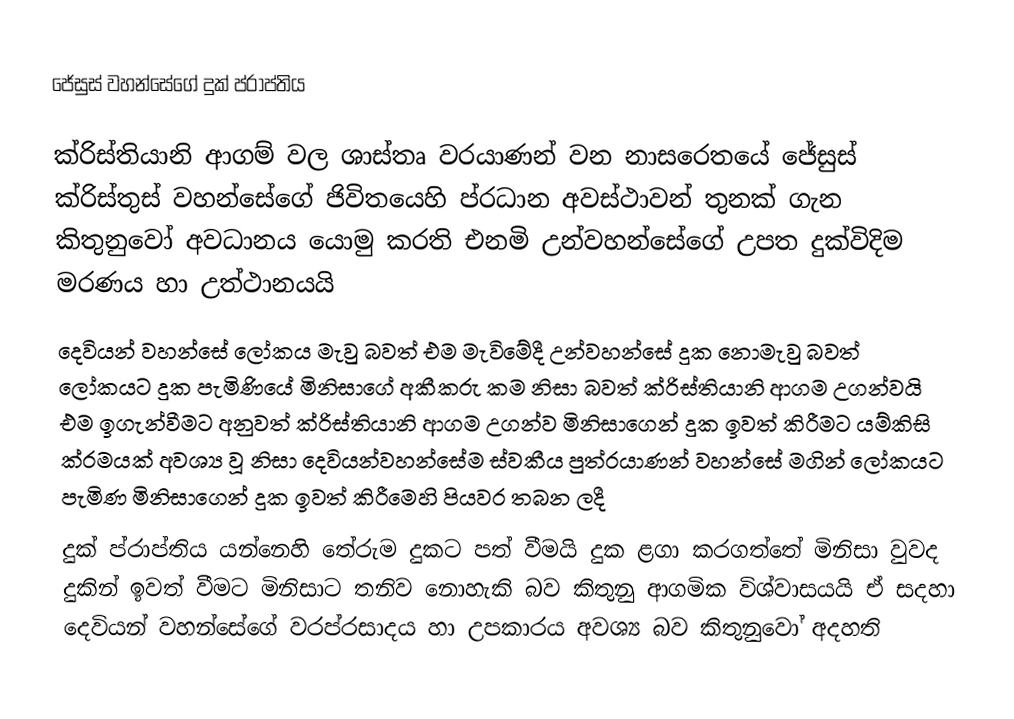
ජේසුස් වහන්සේගේ දුක් ප්රාප්තිය

ක්රිස්තියානි ආගම් වල ශාස්තෘ වරයාණන් වන නාසරෙතයේ ජේසුස් ක්රිස්තුස් වහන්සේගේ ජිවිතයෙහි ප්රධාන අවස්ථාවන් තුනක් ගැන කිතුනුවෝ අවධානය යොමු කරති එනමි උන්වහන්සේගේ උපත දුක්විදිම මරණය හා උත්ථානයයි
දෙවියන් වහන්සේ ලෝකය මැවු බවත් එම මැවිමේදී උන්වහන්සේ දුක නොමැවු බවත් ලෝකයට දුක පැමිණියේ මිනිසාගේ අකීකරු කම නිසා බවත් ක්රිස්තියානි ආගම උගන්වයි එම ඉගැන්වීමට අනුවත් ක්රිස්තියානි ආගම උගන්ව මිනිසාගෙන් දුක ඉවත් කිරීමට යම්කිසි ක්රමයක් අවශ්‍ය වූ නිසා දෙවියන්වහන්සේම ස්වකීය පුත්රයාණන් වහන්සේ මගින් ලෝකයට පැමිණ මිනිසාගෙන් දුක ඉවත් කිරීමෙහි පියවර තබන ලදී
දුක් ප්රාප්තිය යන්නෙහි තේරුම දුකට පත් වීමයි දුක ළගා කරගත්තේ මිනිසා වුවද දුකින් ඉවත් වීමට මිනිසාට තනිව නොහැකි බව කිතුනු ආගමික විශ්වාසයයි ඒ සදහා දෙවියන් වහන්සේගේ වරප්රසාදය හා උපකාරය අවශ්‍ය බව කිතුනුවෝ අදහති